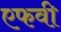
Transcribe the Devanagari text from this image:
एफवी